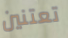
تعتنين